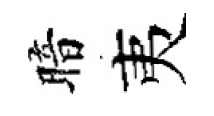
暗夷